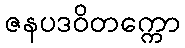
ဇနပဒဝိတက္ကော